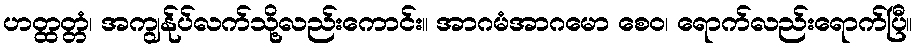
ဟတ္ထတ္တံ၊ အကျွန်ုပ်လက်သို့လည်းကောင်း။ အာဂမံအာဂမော စေဝ၊ ရောက်လည်းရောက်ပြီ။